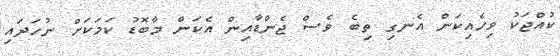
ކުއްޖަކު ވިހެއިކަން އެނގި ތިބެ ވެސް ޖެންޑާއިން އެކަން މާބޮޑު ކަމަކަށް ނުހަދައި